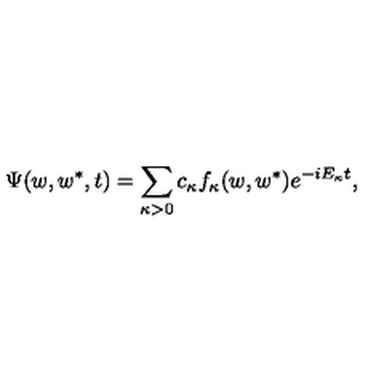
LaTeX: \Psi ( w , w ^ { \ast } , t ) = \sum _ { \kappa > 0 } ^ { } c _ { \kappa } f _ { \kappa } ( w , w ^ { \ast } ) e ^ { - i E _ { \kappa } t } ,